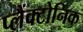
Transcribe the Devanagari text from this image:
प्लैंक्टोनिक